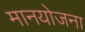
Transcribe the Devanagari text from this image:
मानयोजना